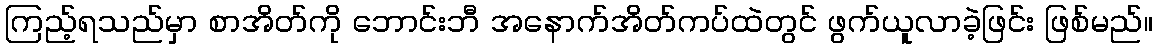
ကြည့်ရသည်မှာ စာအိတ်ကို ဘောင်းဘီ အနောက်အိတ်ကပ်ထဲတွင် ဖွက်ယူလာခဲ့ဖြင်း ဖြစ်မည်။